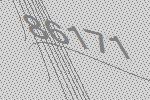
86171